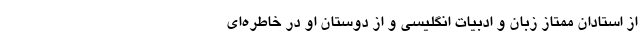
از استادان ممتاز زبان و ادبیات انگلیسی و از دوستان او در خاطره‌ای